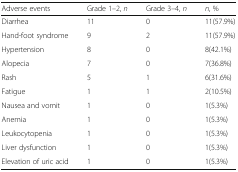
| Adverse events | Grade 1–2, n | Grade 3–4, n | n, % |
 | --- | --- | --- | --- |
 | Diarrhea | 11 | 0 | 11(57.9%) |
 | Hand-foot syndrome | 9 | 2 | 11(57.9%) |
 | Hypertension | 8 | 0 | 8(42.1%) |
 | Alopecia | 7 | 0 | 7(36.8%) |
 | Rash | 5 | 1 | 6(31.6%) |
 | Fatigue | 1 | 1 | 2(10.5%) |
 | Nausea and vomit | 1 | 0 | 1(5.3%) |
 | Anemia | 1 | 0 | 1(5.3%) |
 | Leukocytopenia | 1 | 0 | 1(5.3%) |
 | Liver dysfunction | 1 | 0 | 1(5.3%) |
 | Elevation of uric acid | 1 | 0 | 1(5.3%) |